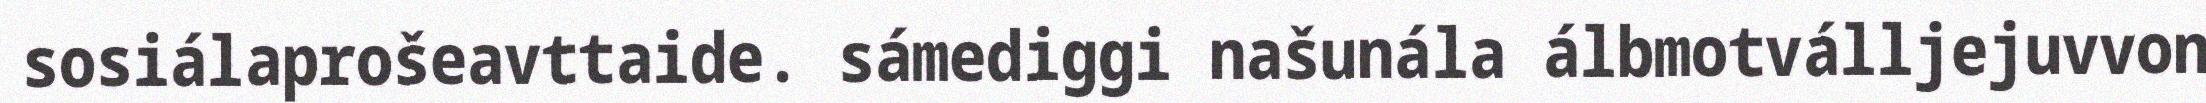
sosiálaprošeavttaide. sámediggi našunála álbmotválljejuvvon